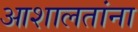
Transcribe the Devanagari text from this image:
आशालतांना